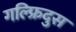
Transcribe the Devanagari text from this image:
गल्फ्रिदुस